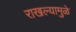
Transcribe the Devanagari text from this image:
राखल्यामुळे